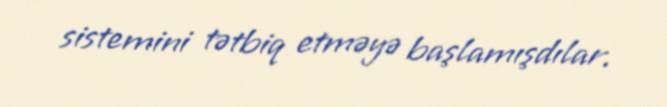
sistemini tətbiq etməyə başlamışdılar.